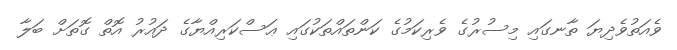
ވެއަތުވެދިޔަ ތާނގައި މިސުރުގެ ވެރިކަމުގެ ކަންތައްތަކުގައި ޢަސްކަރިއްޔާގެ ދައުރު އޮތް ގޮތަށް ބަލާ